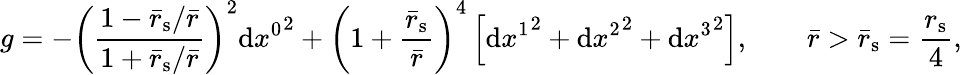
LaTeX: g=-\left(\frac{1-{\bar{r}_{\mathrm{s}}}/{\bar{r}}}{1+{\bar{r}_{\mathrm{s}}}/{\bar{r}}}\right)^{2}\mathrm{d}{x^{0}}^{2}+\left(1+\frac{\bar{r}_{\mathrm{s}}}{\bar{r}}\right)^{4}\left[\mathrm{d}{x^{1}}^{2}+\mathrm{d}{x^{2}}^{2}+\mathrm{d}{x^{3}}^{2}\right],\qquad\bar{r}>\bar{r}_{\mathrm{s}}=\frac{r_{\mathrm{s}}}{4},